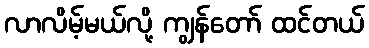
လာလိမ့်မယ်လို့ ကျွန်တော် ထင်တယ်